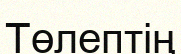
Төлептің